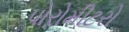
પોરોમીટરો